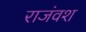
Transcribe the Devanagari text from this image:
राजंवश